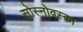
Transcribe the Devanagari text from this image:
सोस्नोवस्का